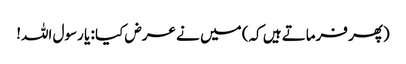
(پھر فرماتے ہیں کہ) میں نے عرض کیا : یا رسول اللہ!